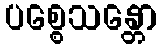
ပစ္စေသန္တော